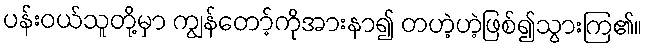
ပန်းဝယ်သူတို့မှာ ကျွန်တော့်ကိုအားနာ၍ တဟဲ့ဟဲ့ဖြစ်၍သွားကြ၏။